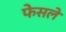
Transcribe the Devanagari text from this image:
फेसले